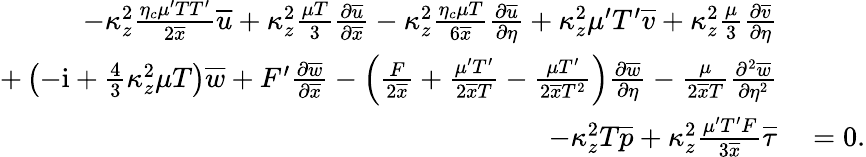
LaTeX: \begin{array}{rl}{-\kappa_{z}^{2}\frac{\eta_{c}\mu^{\prime}TT^{\prime}}{2\overline{{x}}}\overline{{u}}+\kappa_{z}^{2}\frac{\mu T}{3}\frac{\partial\overline{{u}}}{\partial\overline{{x}}}-\kappa_{z}^{2}\frac{\eta_{c}\mu T}{6\overline{{x}}}\frac{\partial\overline{{u}}}{\partial\eta}+\kappa_{z}^{2}\mu^{\prime}T^{\prime}\overline{{v}}+\kappa_{z}^{2}\frac{\mu}{3}\frac{\partial\overline{{v}}}{\partial\eta}}&{{}}\\ {+\left(-\mathrm{i}+\frac{4}{3}\kappa_{z}^{2}\mu T\right)\overline{{w}}+F^{\prime}\frac{\partial\overline{{w}}}{\partial\overline{{x}}}-\left(\frac{F}{2\overline{{x}}}+\frac{\mu^{\prime}T^{\prime}}{2\overline{{x}}T}-\frac{\mu T^{\prime}}{2\overline{{x}}T^{2}}\right)\frac{\partial\overline{{w}}}{\partial\eta}-\frac{\mu}{2\overline{{x}}T}\frac{\partial^{2}\overline{{w}}}{\partial\eta^{2}}}&{{}}\\ {-\kappa_{z}^{2}T\overline{{p}}+\kappa_{z}^{2}\frac{\mu^{\prime}T^{\prime}F}{3\overline{{x}}}\overline{{\tau}}}&{{}=0.}\end{array}